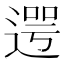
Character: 遌